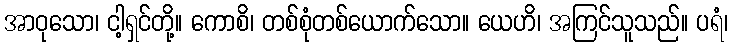
အာဝုသော၊ ငါ့ရှင်တို့။ ကောစိ၊ တစ်စုံတစ်ယောက်သော။ ယေဟိ၊ အကြင်သူသည်။ ပရံ၊